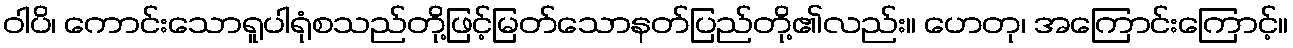
ဝါပိ၊ ကောင်းသောရူပါရုံစသည်တို့ဖြင့်မြတ်သောနတ်ပြည်တို့၏လည်း။ ဟေတု၊ အကြောင်းကြောင့်။